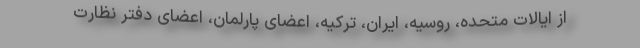
از ایالات متحده، روسیه، ایران، ترکیه، اعضای پارلمان، اعضای دفتر نظارت